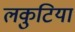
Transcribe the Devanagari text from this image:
लकुटिया